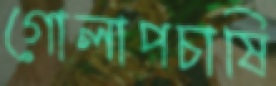
গোলাপচাষি